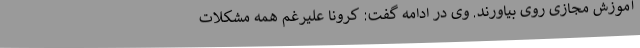
آموزش مجازی روی بیاورند. وی در ادامه گفت: کرونا علیرغم همه مشکلات